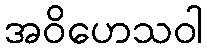
အဝိဟေသဝါ